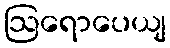
ဩရောပေယျ